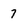
Character: 7